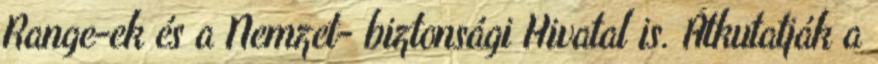
Range-ek és a Nemzet- biztonsági Hivatal is. Átkutatják a